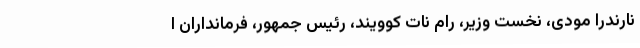
نارندرا مودی، نخست وزیر، رام نات کوویند، رئیس جمهور، فرمانداران ا